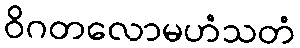
ဝိဂတလောမဟံသတံ